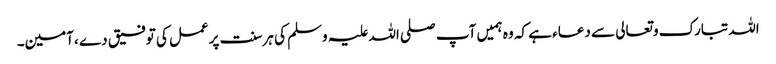
اللہ تبارک وتعالی سے دعاء ہے کہ وہ ہمیں آپ صلی اللہ علیہ وسلم کی ہرسنت پرعمل کی توفیق دے ،آمین۔